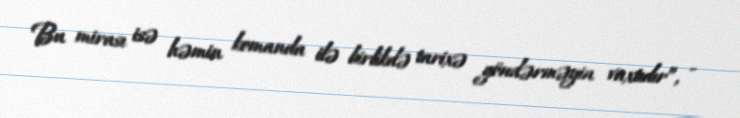
Bu mirası isə həmin komanda ilə birlikdə tarixə göndərməyin vaxtıdır”, -